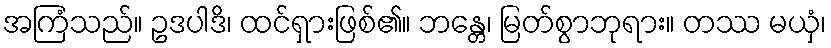
အကြံသည်။ ဥဒပါဒိ၊ ထင်ရှားဖြစ်၏။ ဘန္တေ၊ မြတ်စွာဘုရား။ တဿ မယှံ၊